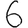
Digit: 6